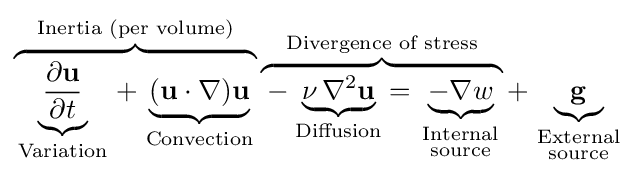
\overbrace {\underbrace {\frac {\partial \mathbf {u} }{\partial t}} _{\begin{smallmatrix}{\text{Variation}}\end{smallmatrix}}+\underbrace {(\mathbf {u} \cdot \nabla )\mathbf {u} } _{\begin{smallmatrix}{\text{Convection}}\end{smallmatrix}}} ^{\text{Inertia (per volume)}}\overbrace {{}-\underbrace {\nu \,\nabla ^{2}\mathbf {u} } _{\text{Diffusion}}=\underbrace {-\nabla w} _{\begin{smallmatrix}{\text{Internal}}\\{\text{source}}\end{smallmatrix}}} ^{\text{Divergence of stress}}+\underbrace {\mathbf {g} } _{\begin{smallmatrix}{\text{External}}\\{\text{source}}\end{smallmatrix}}